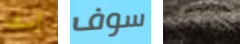
آسف سوف الطيارين